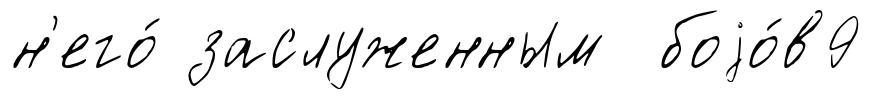
н'его́ заслуженным боjо́в9